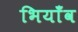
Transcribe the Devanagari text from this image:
भियाँव